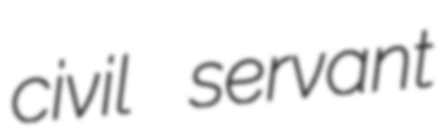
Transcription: civil servant